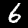
Digit: 6